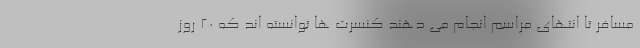
مسافر تا انتهای مراسم انجام می دهند کنسرت ها توانسته اند که ۲۰ روز